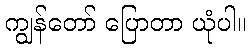
ကျွန်တော် ပြောတာ ယုံပါ။